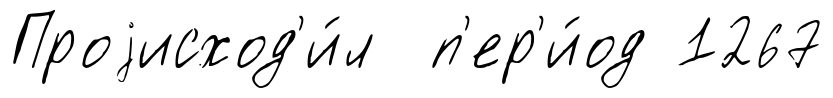
Проjисход'и́л п'ер'и́од 1267